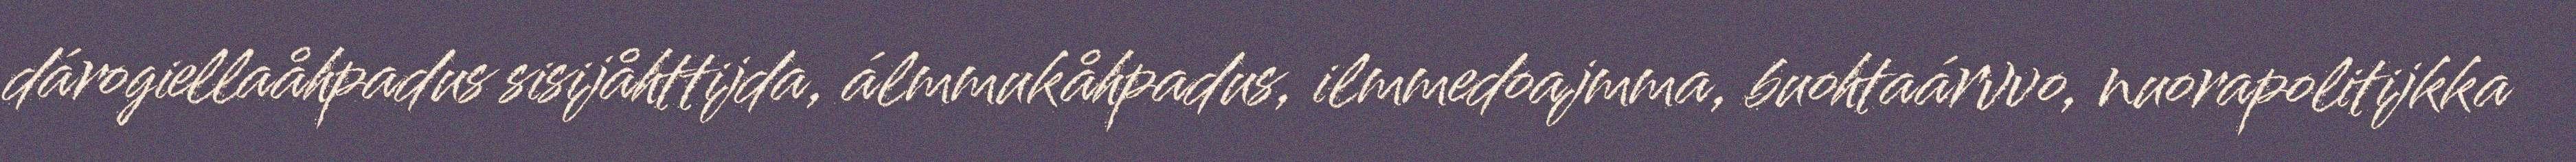
dárogiellaåhpadus sisijåhttijda, álmmukåhpadus, ilmmedoajmma, buohtaárvvo, nuorapolitijkka